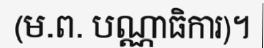
(ម.ព. បណ្ណាធិការ)។